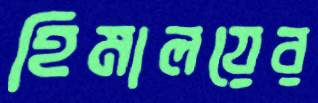
হিমালয়ের